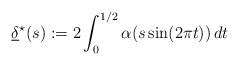
\begin{align*} \underline{\delta}^\star(s) := 2\int_{0}^{1/2} \alpha(s \sin(2\pi t))\,dt \end{align*}